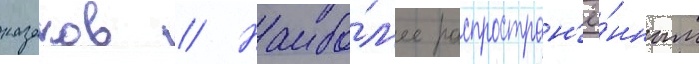
казаков // Наибо́л'ее распростран'ё́нным